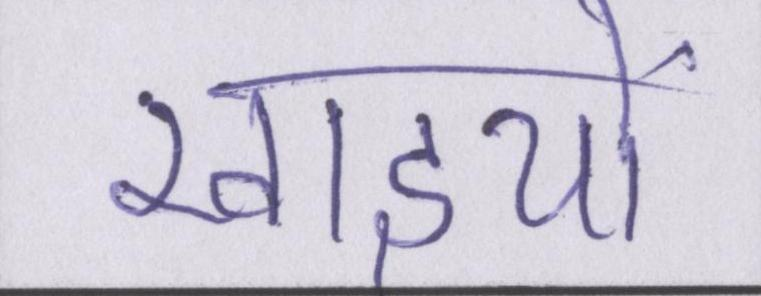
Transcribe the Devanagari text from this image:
खाइयों